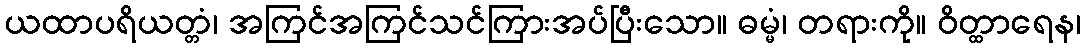
ယထာပရိယတ္တံ၊ အကြင်အကြင်သင်ကြားအပ်ပြီးသော။ ဓမ္မံ၊ တရားကို။ ဝိတ္ထာရေန၊